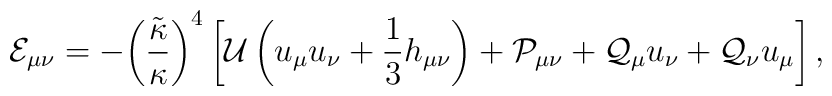
{{\mathcal{E}}_{\mu\nu}}=-{{\left({{\tilde{\kappa}}\over{\kappa}}\right)}^4}\left[{\mathcal{U}}\left({u_\mu}{u_\nu}+{1\over{3}}{h_{\mu\nu}}\right)+{{\mathcal{P}}_{\mu\nu}}+{{\mathcal{Q}}_\mu}{u_\nu}+{{\mathcal{Q}}_\nu}{u_\mu}\right],